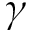
\gamma